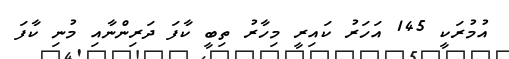
އުމުރަކީ 145 އަހަރު ކައިރީ މިހާރު ތިބީ ކާފަ ދަރިންނާއި މުނި ކާފަ